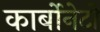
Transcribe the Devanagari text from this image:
कार्बोनेटो